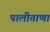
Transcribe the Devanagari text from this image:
पालीताणा